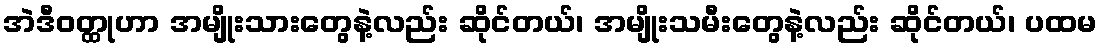
အဲဒီဝတ္ထုဟာ အမျိုးသားတွေနဲ့လည်း ဆိုင်တယ်၊ အမျိုးသမီးတွေနဲ့လည်း ဆိုင်တယ်၊ ပထမ